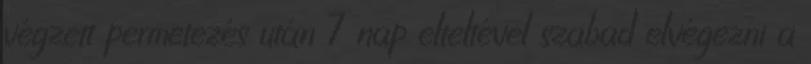
végzett permetezés után 7 nap elteltével szabad elvégezni a